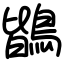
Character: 鶛